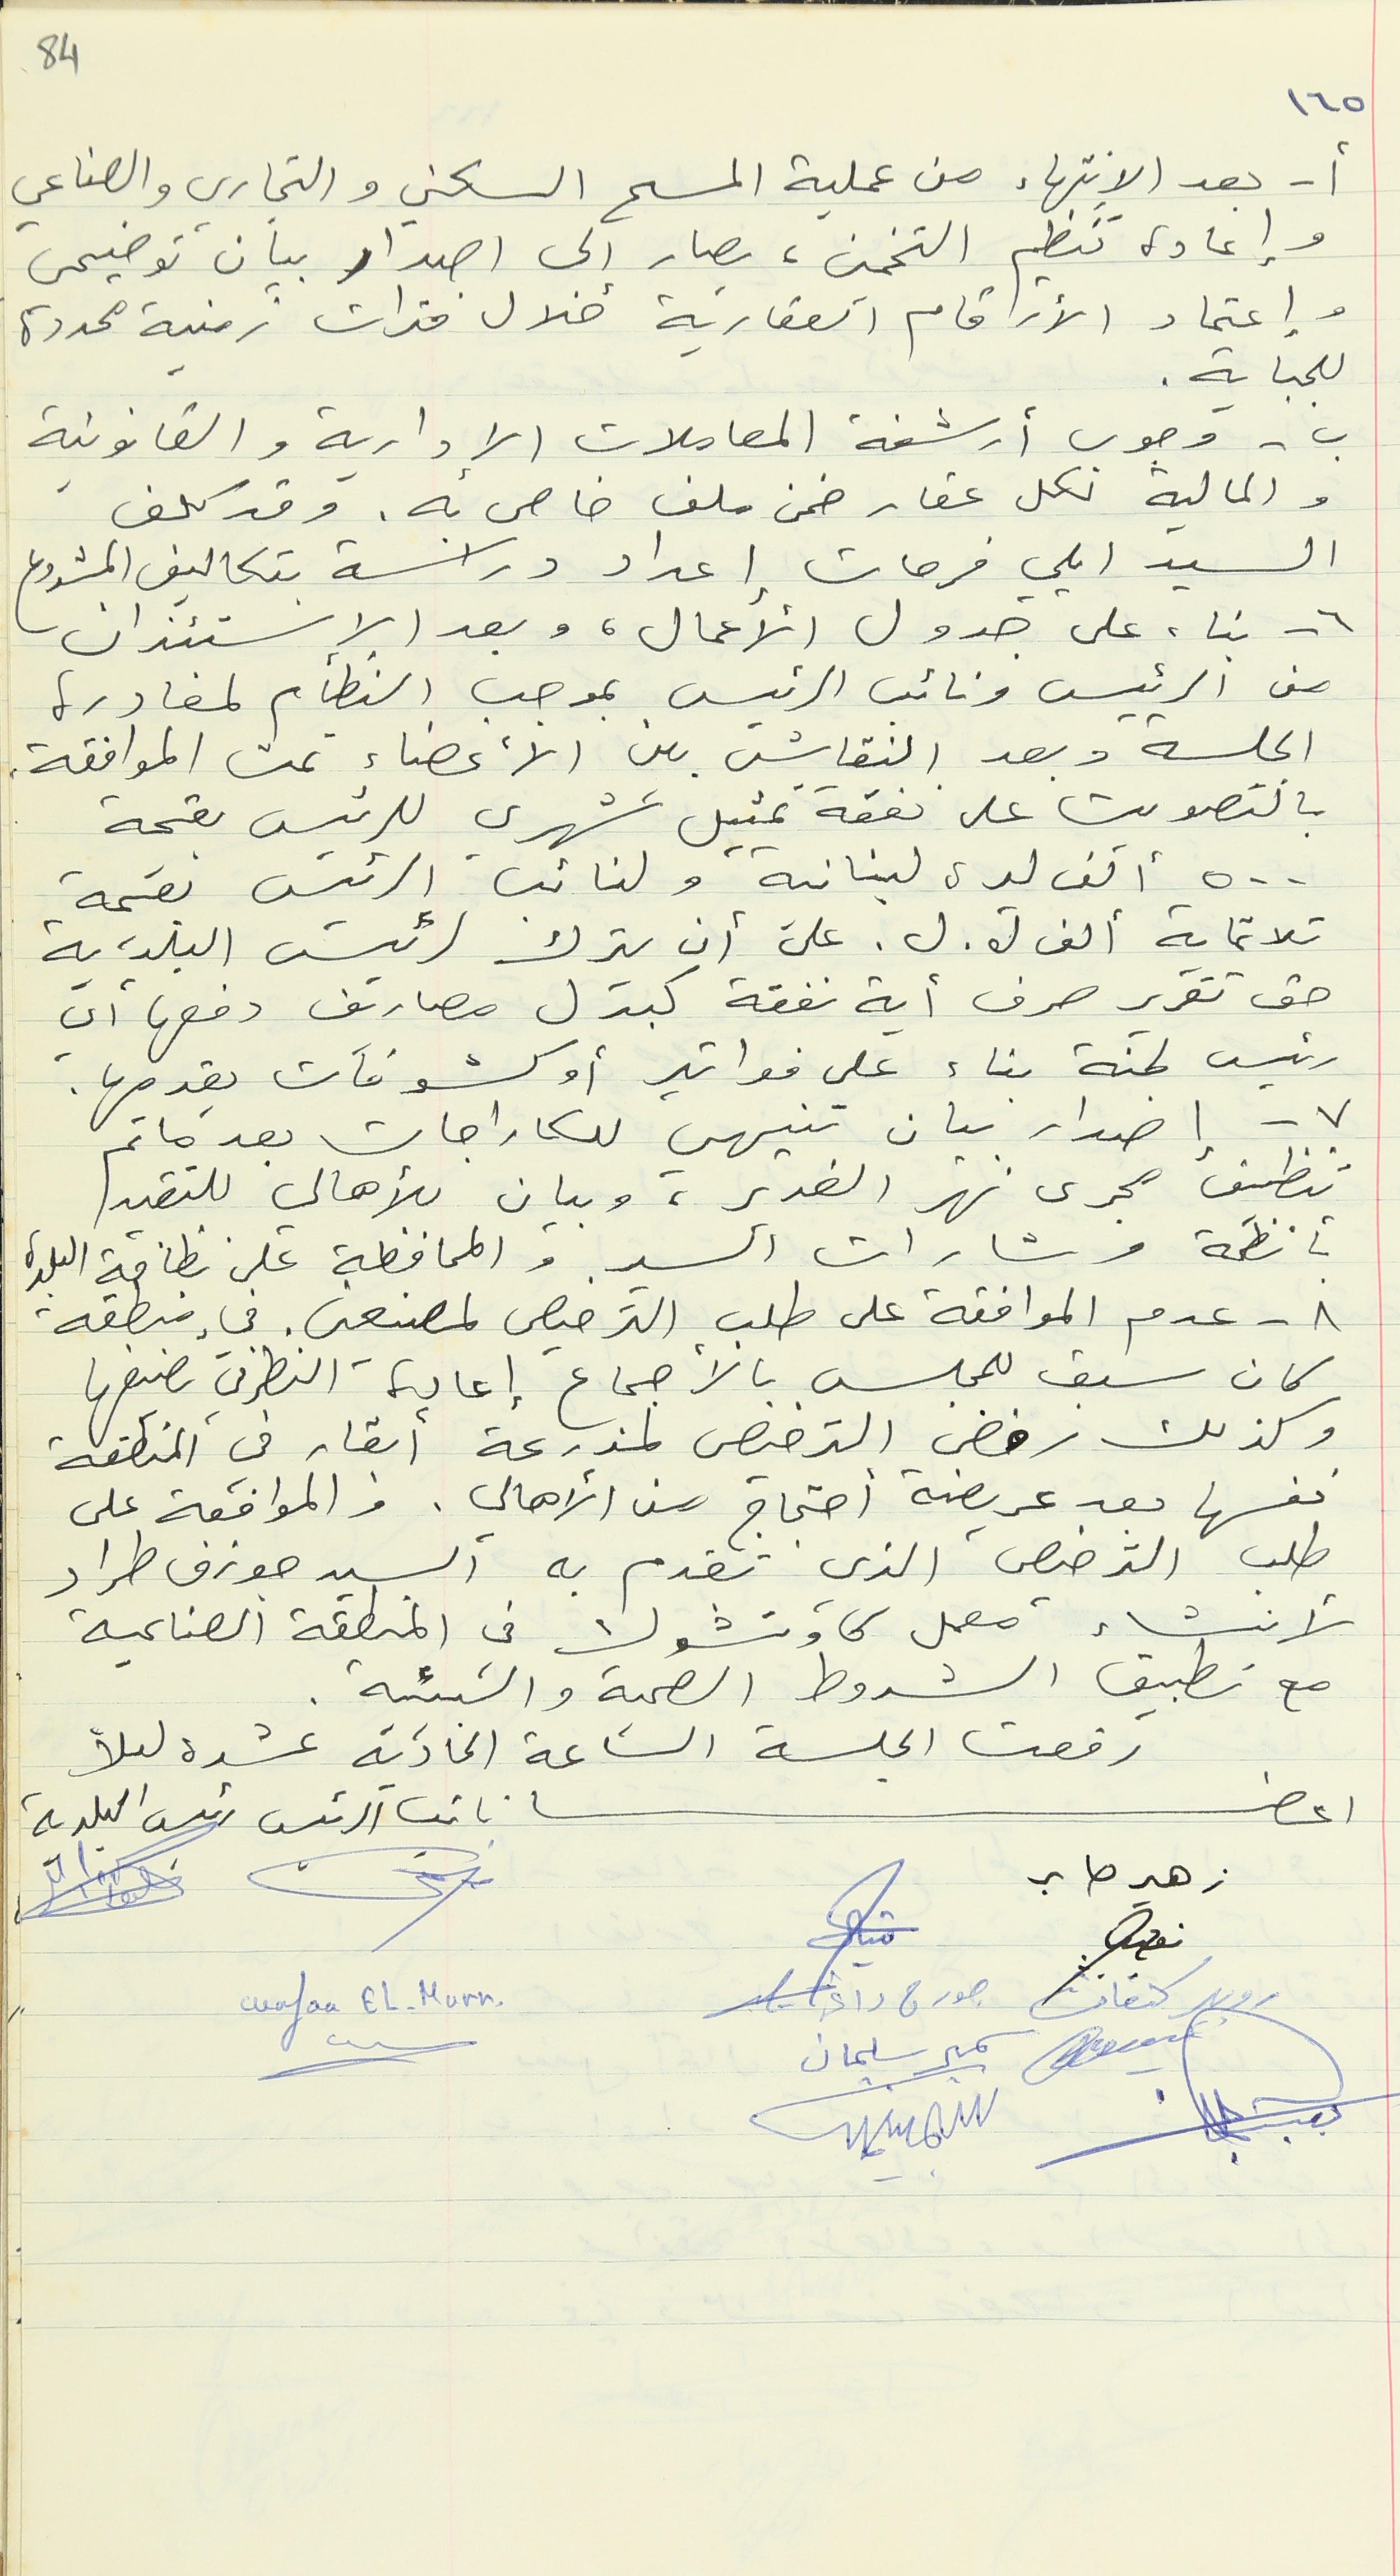
١٦٥
أ - بعد الإنتهاء من عملية المسح السكني والتجاري والصناعي
وإعادة تنظيم التخمين، يصار إلى اصدار بيان توضيحى
وإعتماد الأرقام العقارية خلال فترات زمنية محددة
للجباية.
ب - وجوب أرشفة المعاملات الإدارية والقانونية
والمالية لكل عقار ضمن ملف خاص به. وقد كلف
السيد ايلي فرحات إعداد دراسة بتكاليف المشروع
٦ - بناء على جدول الأعمال، وبعد الاستئذان
من الرئيس ونائب الرئيس بموجب النظام لمغادرة
الجلسة وبعد النقاش بين الأعضاء تمت الموافقة
بالتصويت على نفقة تمثيل شهري للرئيس بقيمة
٥٠٠ ألف ليرة لبنانية ولنائب الرئيس بقيمة
ثلاثماية ألف ل. ل. على أن يترك لرئيس البلدية

حق تقرير صرف أية نفقة كبدل مصاريف دفعها أي
رئيس لجنة بناء على فواتير أو كشوفات يقدمها.
٧ – إصدار بيان تنيهي للكاراجات بعد ما تم
بأنظمة وشارات السير والمحافظة على نظافة البلدة
٨ - عدم الموافقة على طلب الترخيص لمصنعين. في منطقة
كان سبق للمجلس بالأجماع إعادة النظر في تصنيفها
وكذلك رفض الترخيص لمزرعة أبقار في المنطقة
 طلب الترخيص الذي تقدم به ألسيد جوزف طراد
لأنشاء معمل كاوتشوك في المنطقة الصناعية
مع تطبيق الشروط الصحية والبيئية.
اعضاء نائب الرئيس رئيس البلدية
زهير صابر
Wafaa EL-Murr
روبير كنعان جورج داغر
84
تنظيف مجرى نهر الغدير، وبيان للأهالي للتقيد
نفسها بعد عريضة أحتجاج من الأهالي. والموافقة على
رفعت الجلسة الساعة الحادية عشرة ليلاً
سمير سليمان